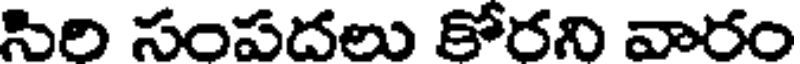
సిరి సంపదలు కోరని వారం